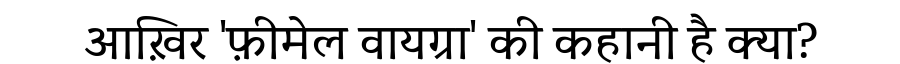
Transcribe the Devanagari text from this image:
आख़िर 'फ़ीमेल वायग्रा' की कहानी है क्या?